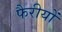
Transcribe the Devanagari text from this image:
फैरीयों